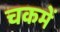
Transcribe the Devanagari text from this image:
चकमें